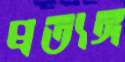
প্রত্যঙ্গ